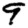
Digit: 9